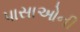
પાસાઓની